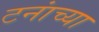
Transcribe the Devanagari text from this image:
टनांच्या